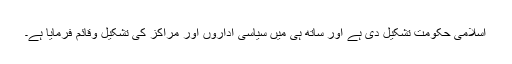
اسلامی حکومت تشکیل دی ہے اور ساتھ ہی میں سیاسی اداروں اور مراکز کی تشکیل وقائم فرمایا ہے۔